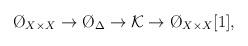
LaTeX: \begin{align*}\O_{X \times X} \to \O_\Delta \to {\cal K} \to \O_{X \times X} [1],\end{align*}